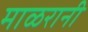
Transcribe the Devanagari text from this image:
माळरानी